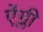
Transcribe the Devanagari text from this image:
ऐंग्ली